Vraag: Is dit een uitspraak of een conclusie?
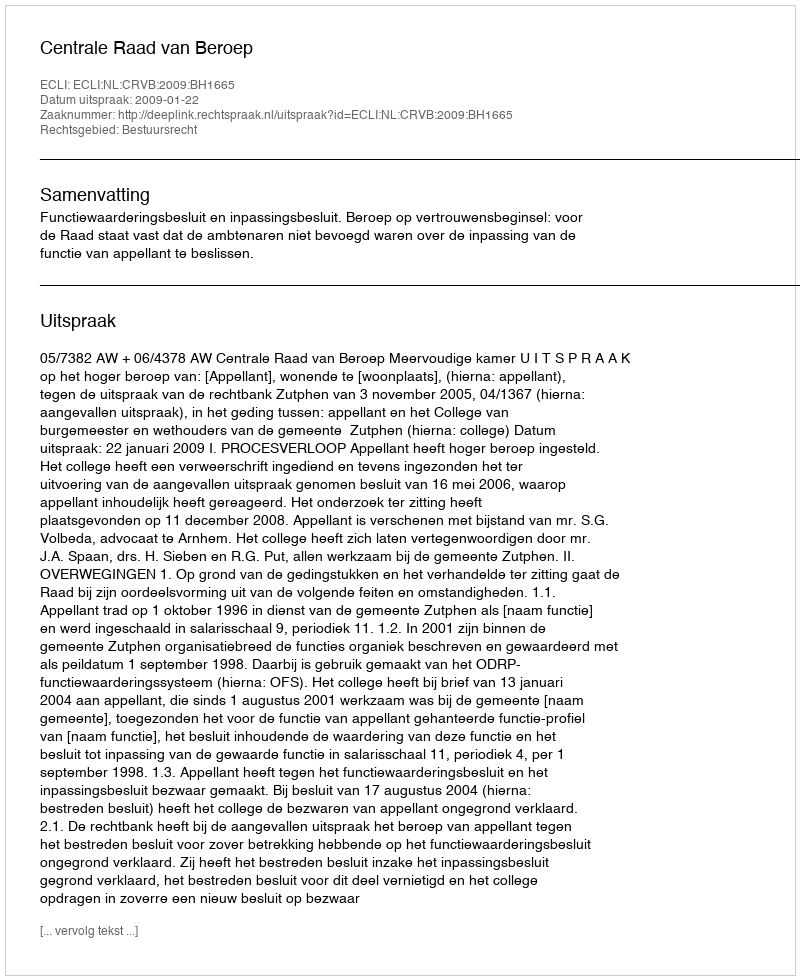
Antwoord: Uitspraak